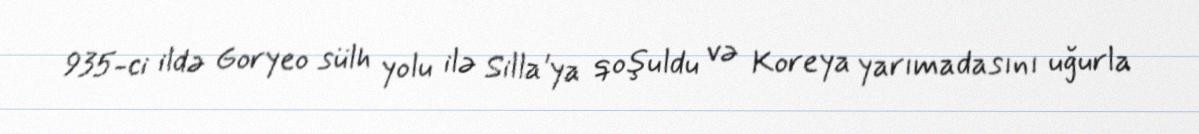
935-ci ildə Goryeo sülh yolu ilə Silla'ya qoşuldu və Koreya yarımadasını uğurla